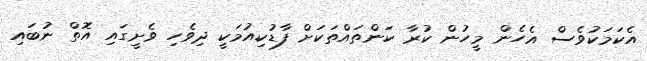
އެކަމަކުވެސް އެހެން މީހުން ކުރާ ކަންތައްތަކަށް ފާޑުކިއުމަކީ ދިވެހި ވެށީގައި އޮތް ނުބައި